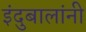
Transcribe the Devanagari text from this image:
इंदुबालांनी